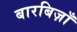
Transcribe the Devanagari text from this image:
बारबिज़ाँ